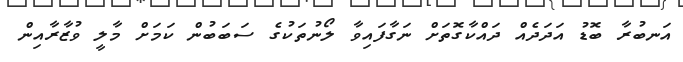
އަނބުރާ ބޮޑު އަދަދެއް ދައްކާގޮތަށް ނަގާފައިވާ ލޯނުތަކުގެ ސަބަބުން ކަމަށް މާލީ ވުޒާރާއިން